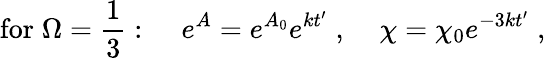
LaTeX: \mathrm{for}\; \Omega=\frac{1}{3}:\; \; \; \; e^{A}=e^{A_{0}}e^{kt^{\prime}}\; ,\; \; \; \; \chi=\chi_{0}e^{-3kt^{\prime}}\; ,